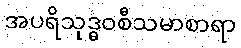
အပရိသုဒ္ဓဝစီသမာစာရာ